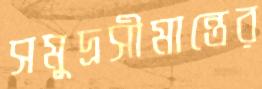
সমুদ্রসীমান্তের